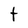
Character: t